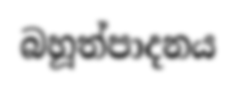
බහූත්පාදනය